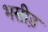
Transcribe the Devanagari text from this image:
भसीड़